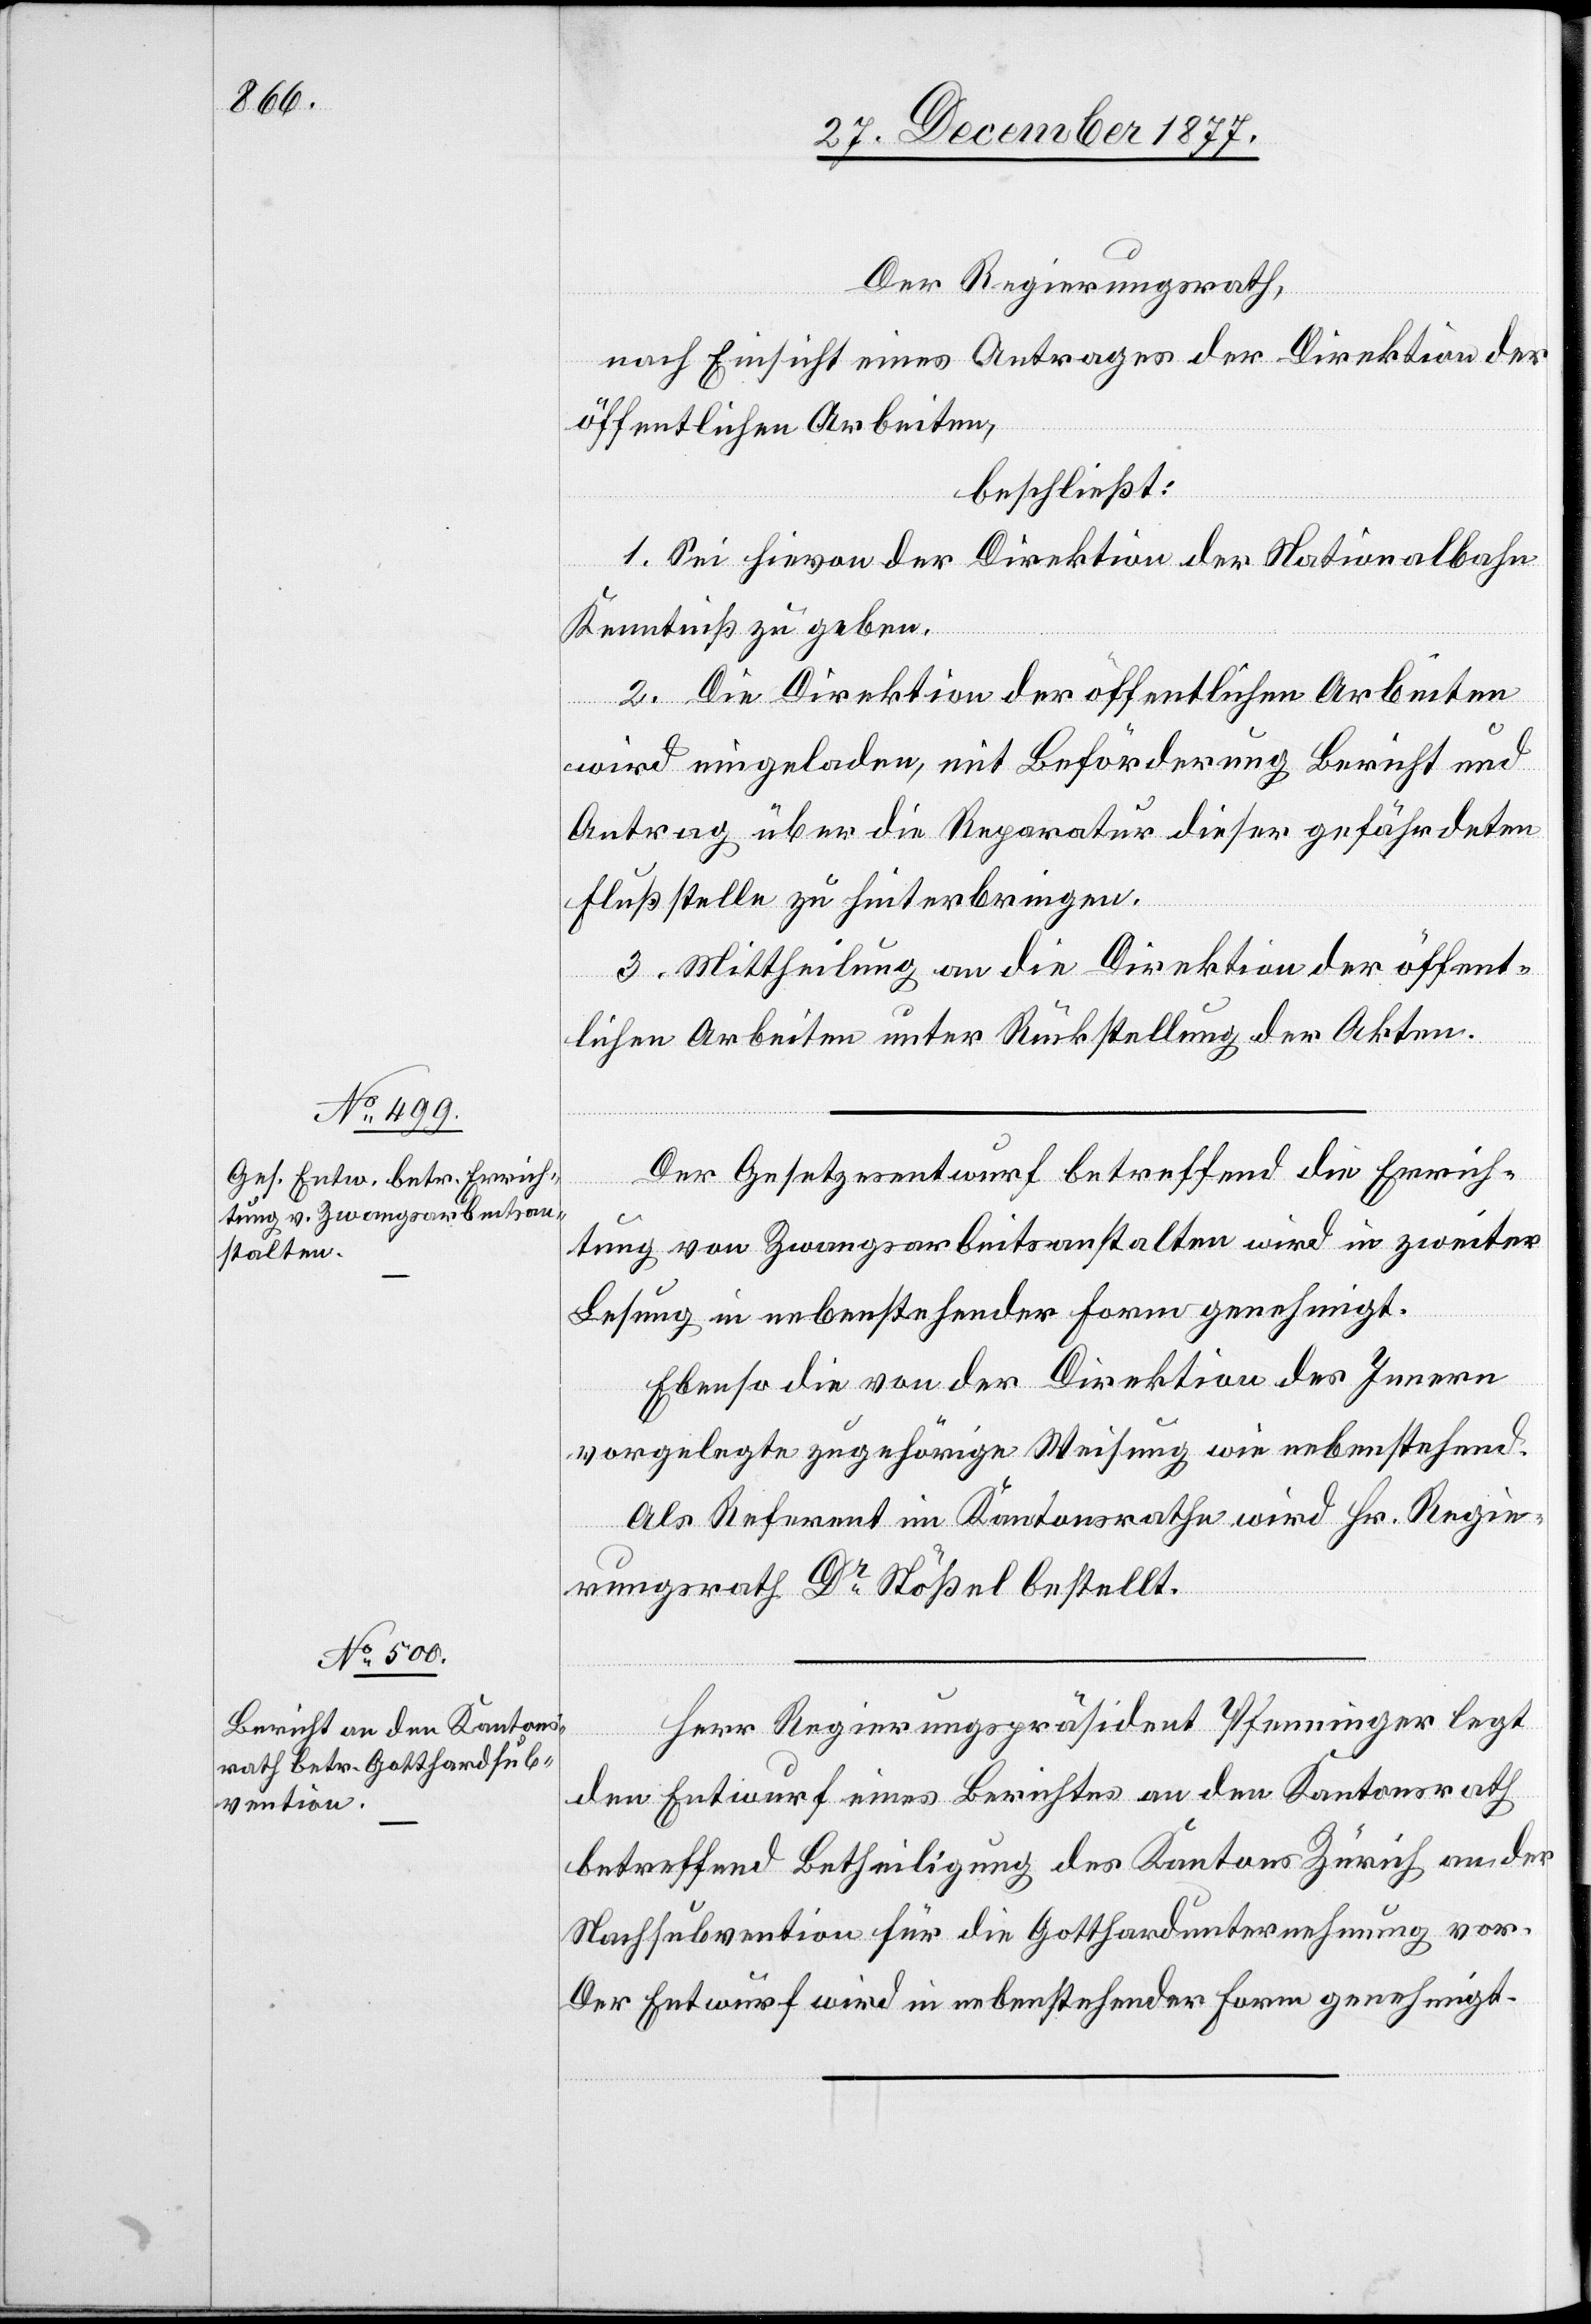
Der Regierungsrath,
nach Einsicht eines Antrages der Direktion der
öffentlichen Arbeiten,
beschließt:
1. Sei hievon der Direktion der Nationalbahn
Kenntniß zu geben.
2. Die Direktion der öffentlichen Arbeiten
wird eingeladen, mit Beförderung Bericht und
Antrag über die Reparatur dieser gefährdeten
Flußstelle zu hinterbringen.
3. Mittheilung an die Direktion der öffent¬
lichen Arbeiten unter Rückstellung der Akten.
Der Gesetzesentwurf betreffend die Errich¬
tung von Zwangsarbeitsanstalten wird in zweiter
Lesung in nebenstehender Form genehmigt.
Ebenso die von der Direktion des Innern
vorgelegte zugehörige Weisung wie nebenstehend.
Als Referent im Kantonsrathe wird Hr. Regie¬
rungsrath Dr Stößel bestellt.
Herr Regierungspräsident Pfenninger legt
den Entwurf eines Berichtes an den Kantonsrath
betreffend Betheiligung des Kantons Zürich an der
Nachsubvention für die Gotthardunternehmung vor.
Der Entwurf wird in nebenstehender Form genehmigt.